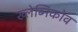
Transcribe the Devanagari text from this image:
ख्लेब्निकोव